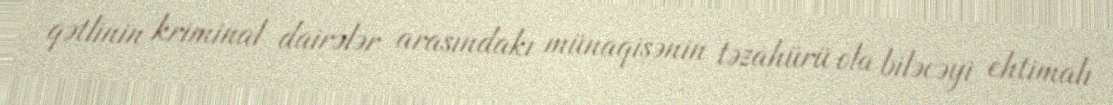
qətlinin kriminal dairələr arasındakı münaqişənin təzahürü ola biləcəyi ehtimalı